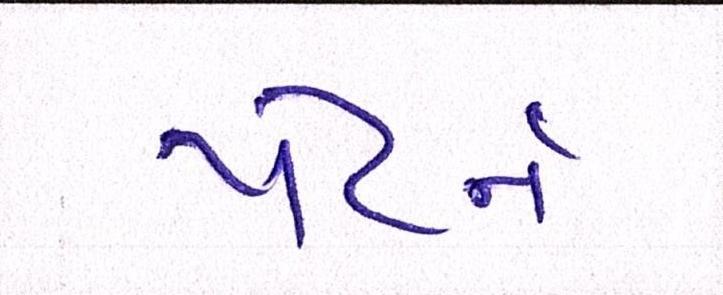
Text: પેટર્ન